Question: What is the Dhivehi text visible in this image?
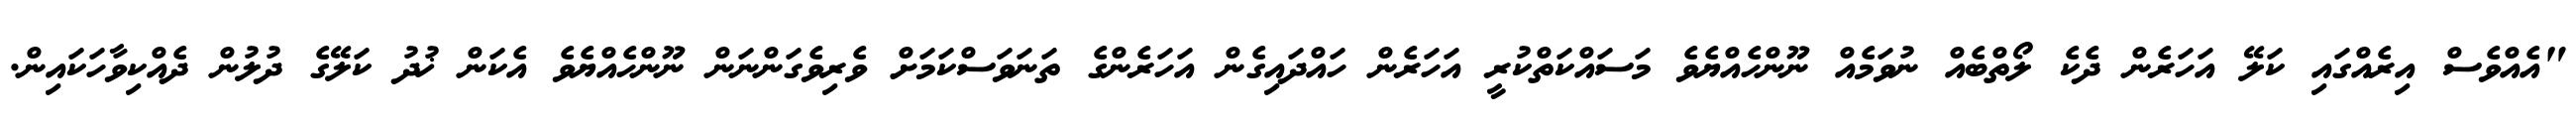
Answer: "އެއްވެސް އިރެއްގައި ކަލޭ އަހަރެން ދެކެ ލޯތްބެއް ނުވަމެއް ނޫންހެއްޔެވެ މަސައްކަތްކުރީ އަހަރެން ހައްދައިގެން އަހަރެންގެ ތަނަވަސްކަމަށް ވެރިވެގަންނަން ނޫންހެއްޔެވެ އެކަން ޚުދު ކަލޭގެ ދުލުން ދެއްކިވާހަކައިން.